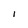
Character: l